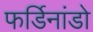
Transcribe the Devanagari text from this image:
फर्डिनांडो